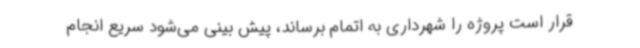
قرار است پروژه را شهرداری به اتمام برساند، پیش بینی می‌شود سریع انجام